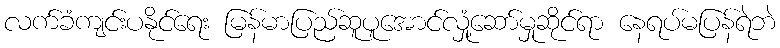
လက်ခံကျင်းပနိုင်ရေး မြန်မာပြည်ဆူပူအောင်လှုံ့ဆော်မှုဆိုင်ရာ နေရပ်မပြန်ရဲဘဲ